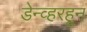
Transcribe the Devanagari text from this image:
डेन्व्हरहून